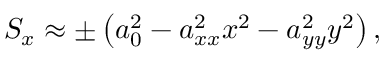
S _ { x } \approx \pm \left( a _ { 0 } ^ { 2 } - a _ { x x } ^ { 2 } x ^ { 2 } - a _ { y y } ^ { 2 } y ^ { 2 } \right) ,